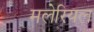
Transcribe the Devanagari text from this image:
मलेरियल